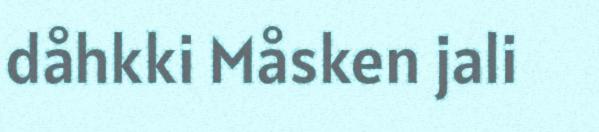
dåhkki Måsken jali